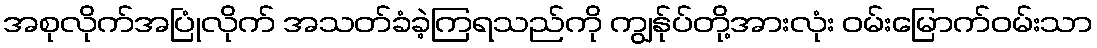
အစုလိုက်အပြုံလိုက် အသတ်ခံခဲ့ကြရသည်ကို ကျွန်ုပ်တို့အားလုံး ဝမ်းမြောက်ဝမ်းသာ